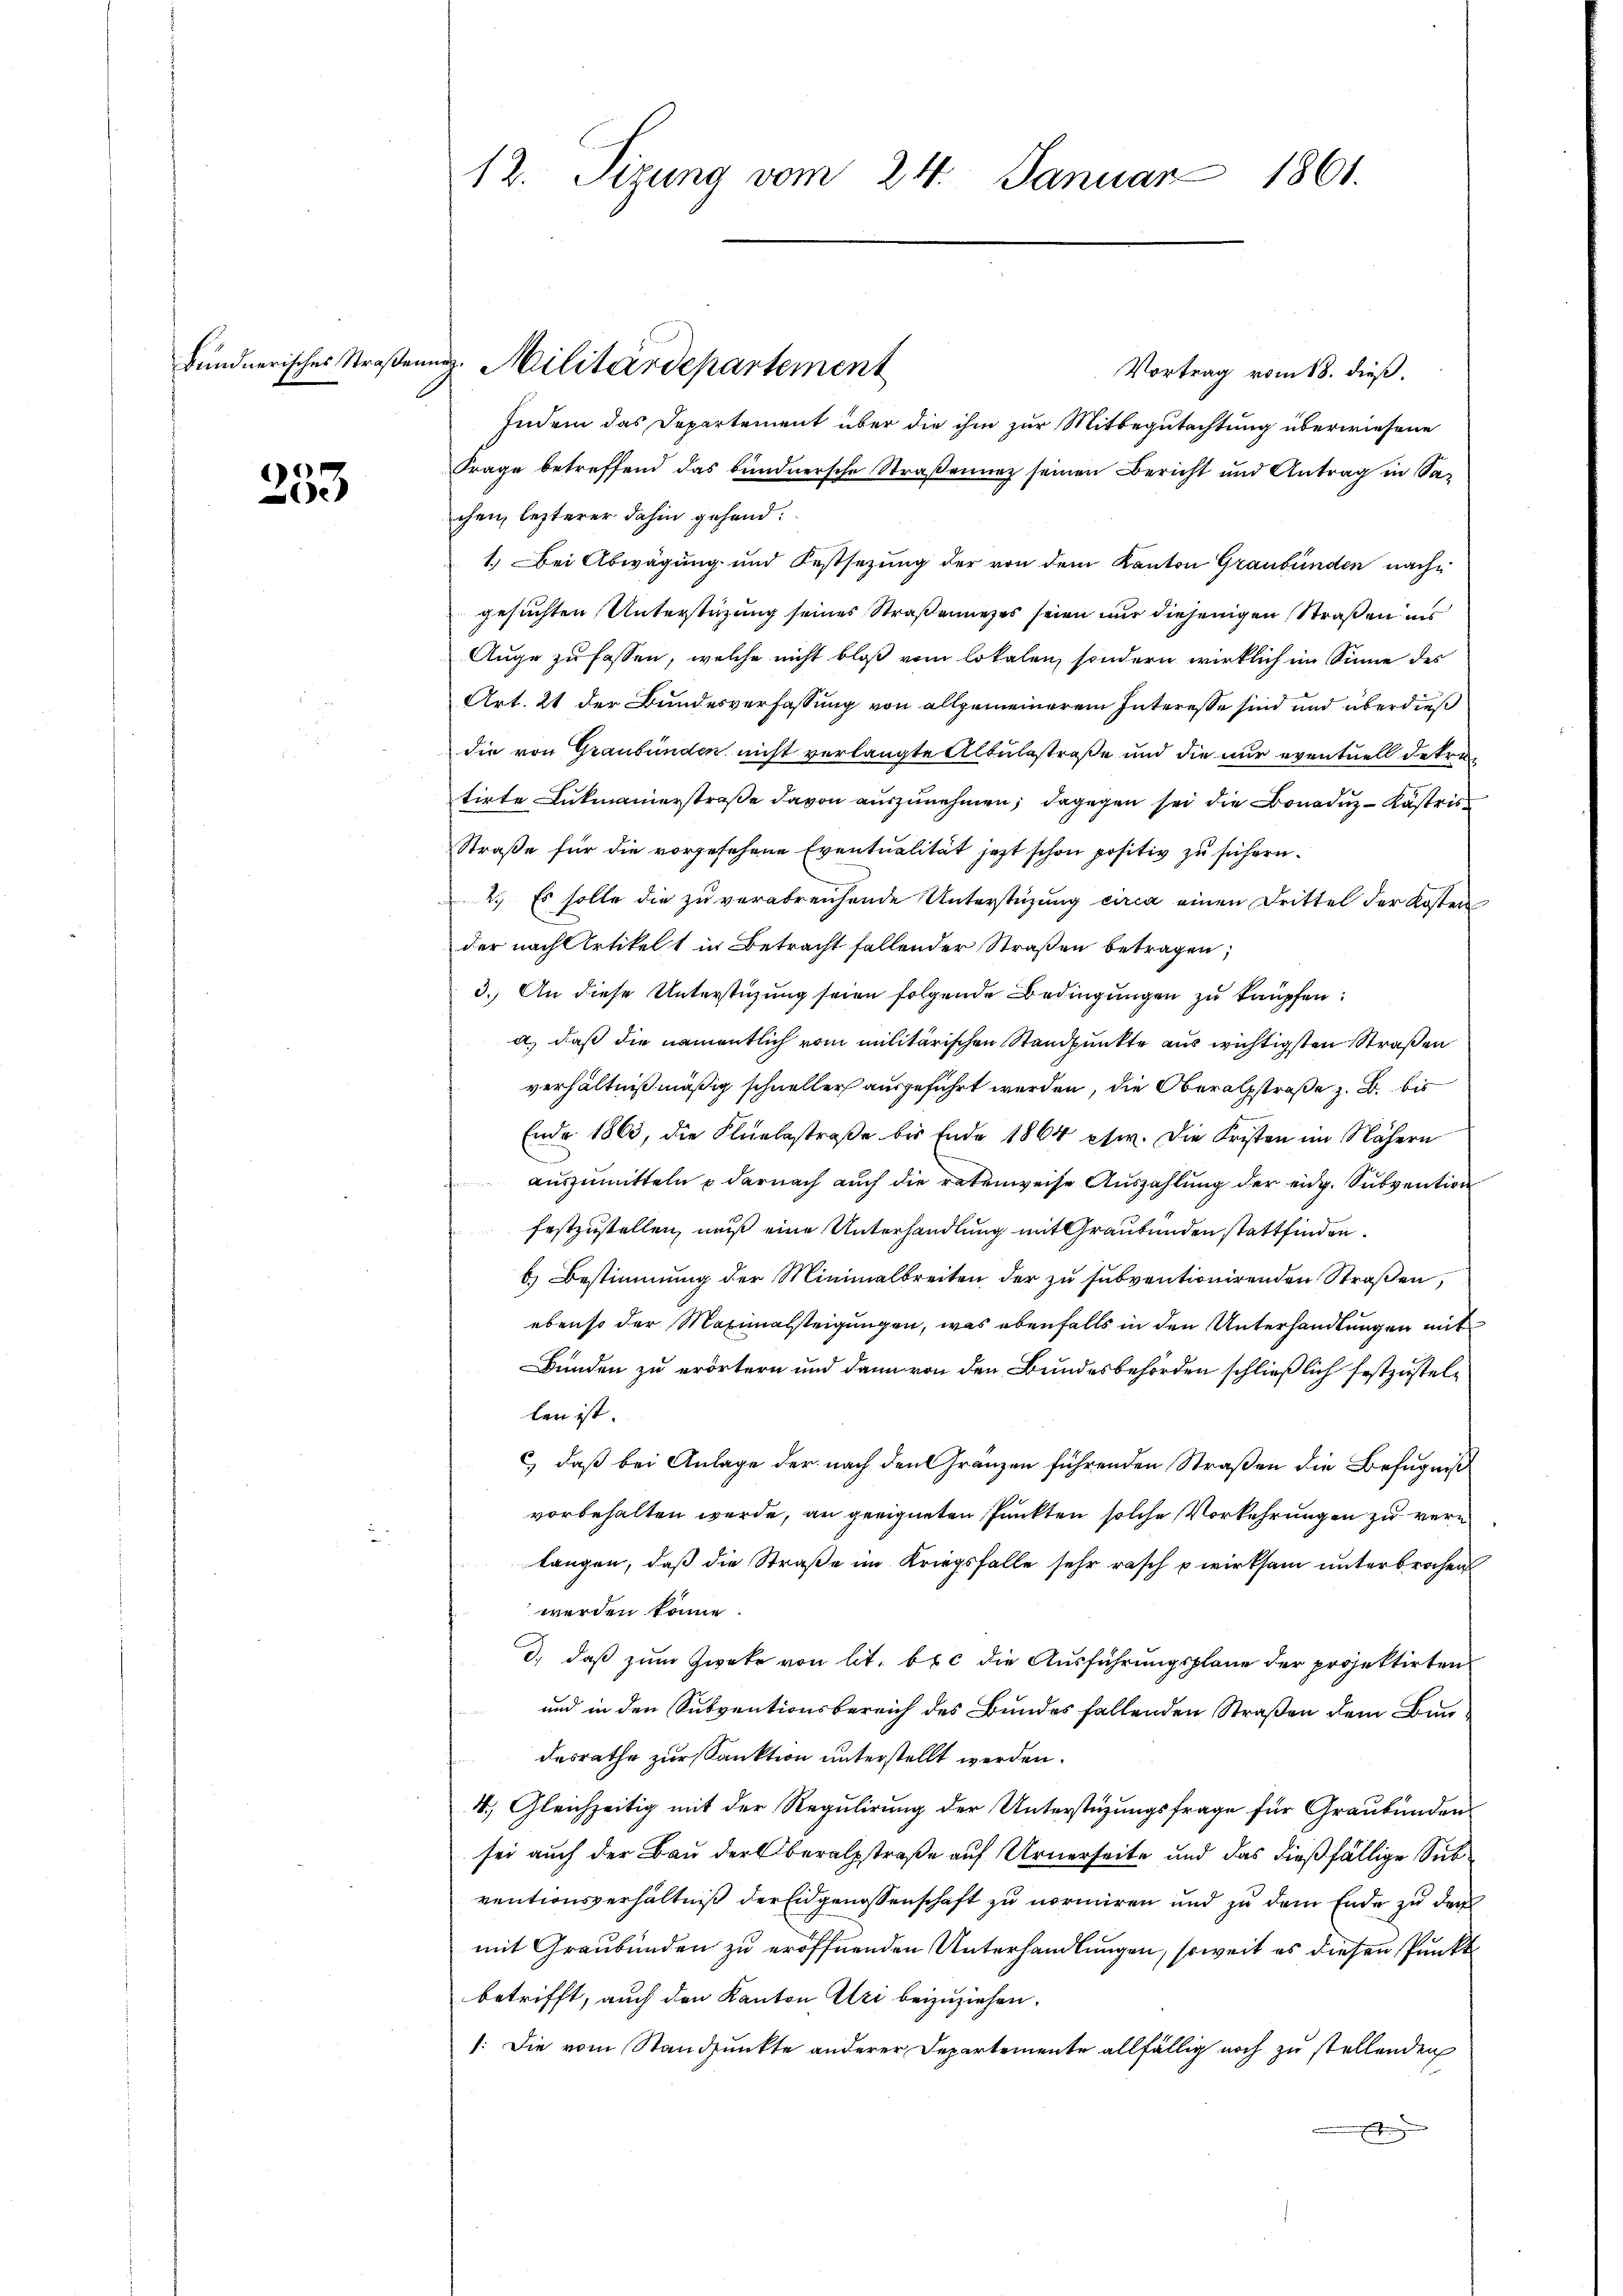
Bündnerisches Straßen

253

12. Sizung vom 24. Januar 1861.

ug. Militärdepartement

Vortrag vom 18. dieß.
Indem das Departement über die ihm zur Mitbegutachtung überwiesene
Frage betreffend das bundnersche Straßenunz seinen Bericht und Antrag in Sachen, lezterer dahin gehend:
1.) Bei Abwägung und Festsezung der von dem Kanton Graubünden nachgesuchten Unterstüzung seines Straßenunzes seien nur diejenigen Straßen ins
Auge zu fassen, welche nicht bloß vom lokalen, sondern wirklich im Sinne des
Art. 21 der Bundesverfassung von allgemeinerem Interesse sind und überdieß
die von Graubünden nicht verlangte Altulsstraße und die nur eventuell dekretirte Lukmanierstraße davon auszunehmen; dagegen sei die Bonaduz- Kastris
Straße für die vorgesehene Eventualität jetzt schon positiv zu sichern.
2.) Es solle die zu verabreichende Unterstüzung circa einen Drittel der Kosten
der nach Artikelt in Betracht fallender Straßen betragen;
3. An diese Unterstüzung seien folgende Bedingungen zu knüpfen:
d) daß die namentlich vom militärischen Standpunkte aus wichtigsten Straßen
verhältnißmäßig schneller ausgeführt werden, die Oberalstraße z. B. bis
Ende 1863, die Flüelestraße bis Ende 1864 etw. Die Fristen im Nähern
auszumitteln u darnach auch die ratenweise Auszahlung der eidg. Subvention
festzustellen, muß eine Unterhandlung mit Graubünden stattfinden.
6) Bestimmung der Minimalbreiten der zu subventionirenden Straßen,
ebenso der Maximalsteigungen, was ebenfalls in den Unterhandlungen mit
Bunden zu erörtern und dann von den Bundesbehörden schließlich festzustellen ist.
c) daß bei Anlage der nach den Gränzen führenden Straßen die Befugniß
vorbehalten werde, an geeigneten Punkten solche Vorkehrungen zu verlangen, daß die Straße im Kriegsfalle sehr rasch wirksam unterbrochen
werden könne.
d. daß zum Zweke von lit. b. c die Ausführungsplane der projektirten
und in den Subventionsbereich des Bundes fallenden Straßen dem Bundesrathe zur Sanktion unterstellt werden.
4. Gleichzeitig mit der Regulirung der Unterstüzungsfrage für Graubünden
sei auch der Bau der Oberalstraße auf Urnerseite und das dießfällige Subventionsverhältniß der Eidgenossenschaft zu normiren und zu dem Ende zu der
mit Graubünden zu eröffnenden Unterhandlungen, soweit es diesen Punkt
betrifft, auch den Kanton Uri beizuziehen.
: Die vom Standpunkte anderer Departemente allfällig noch zu stellenden
.